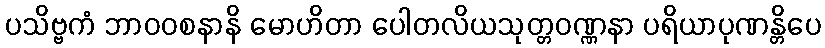
ပသိဗ္ဗကံ ဘာဝဝစနာနိ မောဟိတာ ပေါတလိယသုတ္တဝဏ္ဏနာ ပရိယာပုဏန္တိပေ